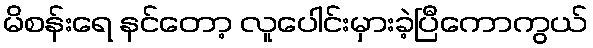
မိစန်းရေ နင်တော့ လူပေါင်းမှားခဲ့ပြီကောကွယ်